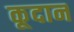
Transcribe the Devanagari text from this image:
कूदान